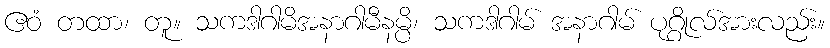
ဧဝံ တထာ၊ တူ။ သကဒါဂါမိအနာဂါမီနမ္ပိ၊ သကဒါဂါမ် အနာဂါမ် ပုဂ္ဂိုလ်အားလည်း။